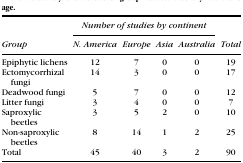
|  | <COLSPAN=4> Number of studies by continent |  |
 | Group | N. America | Europe | Asia | Australia | Total |
 | --- | --- | --- | --- | --- | --- |
 | Epiphytic lichens | 12 | 7 | 0 | 0 | 19 |
 | Ectomycorrhizal fungi | 14 | 3 | 0 | 0 | 17 |
 | Deadwood fungi | 5 | 7 | 0 | 0 | 12 |
 | Litter fungi | 3 | 4 | 0 | 0 | 7 |
 | Saproxylic beetles | 3 | 5 | 2 | 0 | 10 |
 | Non‐saproxylic beetles | 8 | 14 | 1 | 2 | 25 |
 | Total | 45 | 40 | 3 | 2 | 90 |